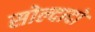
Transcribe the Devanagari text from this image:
सोल्दादो